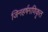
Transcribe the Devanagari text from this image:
जिनहर्षगणिकृत